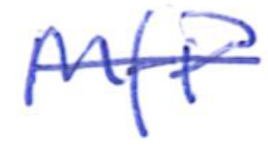
Text: MfP
Cross-out: single-line
Writing tool: ballpoint